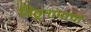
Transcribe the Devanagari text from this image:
विठूनामाचा